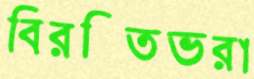
বিরক্তিভরা